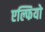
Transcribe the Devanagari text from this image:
एल्फियो